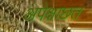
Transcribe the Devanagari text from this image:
अपेक्षाछत